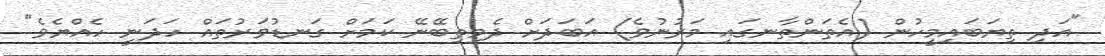
"އަދި ތިޔަބައިމީހުން (އެތަންތާނގައި މަރުނުވެ) އަބަދަށް ދެމިތިބޭނޭ ކަމަށް ގަނޑުވަރުތައް ހަދަނީ ހެއްޔެވެ"